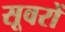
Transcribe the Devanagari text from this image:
सूवरों